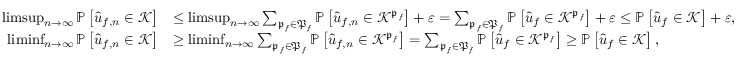
\begin{array} { r l } { \operatorname* { l i m s u p } _ { n \rightarrow \infty } \mathbb { P } \left[ \widehat { \boldsymbol { u } } _ { f , n } \in \mathcal { K } \right] } & { \leq \operatorname* { l i m s u p } _ { n \rightarrow \infty } \sum _ { \mathfrak { p } _ { f } \in \mathfrak { P } _ { f } } \mathbb { P } \left[ \widehat { \boldsymbol { u } } _ { f , n } \in \mathcal { K } ^ { \mathfrak { p } _ { f } } \right] + \varepsilon = \sum _ { \mathfrak { p } _ { f } \in \mathfrak { P } _ { f } } \mathbb { P } \left[ \widehat { \boldsymbol { u } } _ { f } \in \mathcal { K } ^ { \mathfrak { p } _ { f } } \right] + \varepsilon \leq \mathbb { P } \left[ \widehat { \boldsymbol { u } } _ { f } \in \mathcal { K } \right] + \varepsilon , } \\ { \operatorname* { l i m i n f } _ { n \rightarrow \infty } \mathbb { P } \left[ \widehat { \boldsymbol { u } } _ { f , n } \in \mathcal { K } \right] } & { \geq \operatorname* { l i m i n f } _ { n \rightarrow \infty } \sum _ { \mathfrak { p } _ { f } \in \mathfrak { P } _ { f } } \mathbb { P } \left[ \widehat { \boldsymbol { u } } _ { f , n } \in \mathcal { K } ^ { \mathfrak { p } _ { f } } \right] = \sum _ { \mathfrak { p } _ { f } \in \mathfrak { P } _ { f } } \mathbb { P } \left[ \widehat { \boldsymbol { u } } _ { f } \in \mathcal { K } ^ { \mathfrak { p } _ { f } } \right] \geq \mathbb { P } \left[ \widehat { \boldsymbol { u } } _ { f } \in \mathcal { K } \right] , } \end{array}